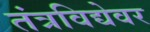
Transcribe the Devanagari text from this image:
तंत्रविद्येवर